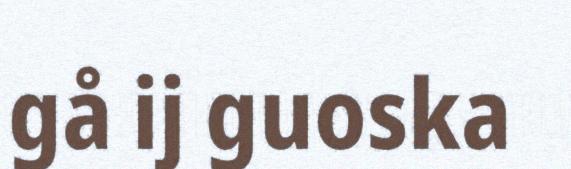
gå ij guoska